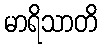
မာရိသာတိ